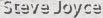
Steve Joyce